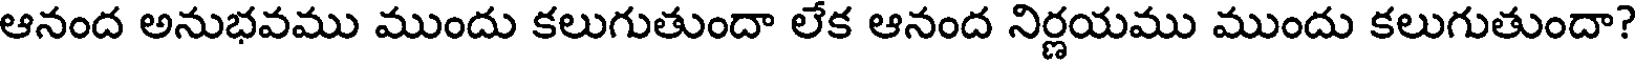
ఆనంద అనుభవము ముందు కలుగుతుందా లేక ఆనంద నిర్ణయము ముందు కలుగుతుందా?